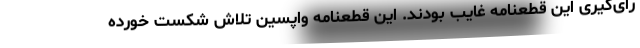
رای‌گیری این قطعنامه غایب بودند. این قطعنامه واپسین تلاش شکست خورده